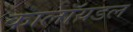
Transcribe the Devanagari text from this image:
कालॉयडल